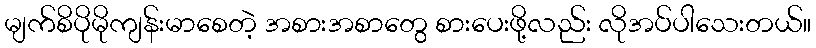
မျက်စိပိုမိုကျန်းမာစေတဲ့ အစားအစာတွေ စားပေးဖို့လည်း လိုအပ်ပါသေးတယ်။